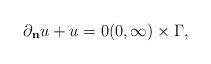
LaTeX: \begin{align*} \partial_{\bf{n}}u + u = 0 (0,\infty)\times\Gamma,\end{align*}